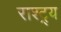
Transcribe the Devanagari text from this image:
राश्ट्र्य